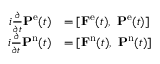
\begin{array} { r l } { i \frac { \partial } { \partial t } \mathbf { P } ^ { \mathrm { e } } ( t ) } & { = \left[ \mathbf { F } ^ { \mathrm { e } } ( t ) , \ \mathbf { P } ^ { \mathrm { e } } ( t ) \right] } \\ { i \frac { \partial } { \partial t } \mathbf { P } ^ { \mathrm { n } } ( t ) } & { = \left[ \mathbf { F } ^ { \mathrm { n } } ( t ) , \ \mathbf { P } ^ { \mathrm { n } } ( t ) \right] } \end{array}